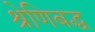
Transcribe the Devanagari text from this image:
श्रेणिबद्ध